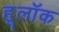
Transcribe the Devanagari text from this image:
हूलॉक